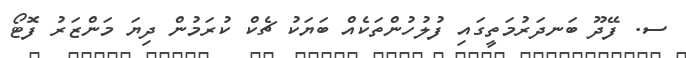
ސ. ފޭދޫ ބަނދަރުމަތީގައި ފުލުހުންތަކެއް ބަޔަކު ޗެކް ކުރަމުން ދިޔަ މަންޒަރު ފޮޓޯ